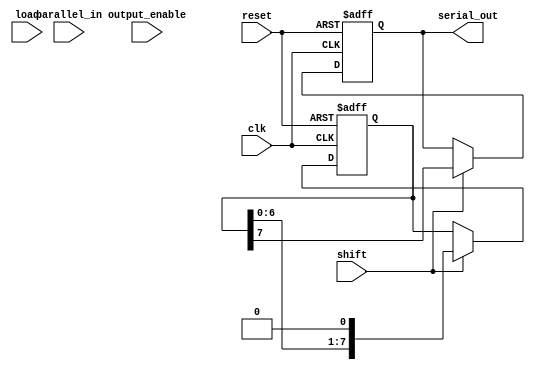
module TwoStagePISO #(parameter N = 8) (
    input wire clk,
    input wire reset,
    input wire load,
    input wire shift,
    input wire output_enable,
    input wire [N-1:0] parallel_in,
    output reg serial_out
);

    reg [N-1:0] stage1; // First stage flip-flops
    reg [N-1:0] stage2; // Second stage flip-flops

    always @(posedge clk or posedge reset) begin
        if (reset) begin
            // Reset both stages
            stage1 <= 0;
            stage2 <= 0;
            serial_out <= 0;
        end else begin
            if (load) begin
                // Load data into the first stage
                stage1 <= parallel_in;
            end
            
            if (shift) begin
                // Shift data from stage1 to stage2
                stage2 <= stage1;
                // Shift out the MSB of stage2
                serial_out <= stage2[N-1];
                // Shift stage2 left (not needed for output, but for internal logic, if needed)
                stage2 <= {stage2[N-2:0], 1'b0}; // Fill with 0s (or could be used for next shift)
            end
        end
    end

endmodule